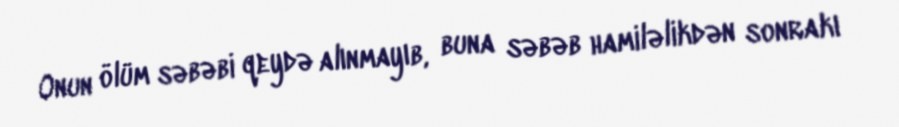
Onun ölüm səbəbi qeydə alınmayıb, buna səbəb hamiləlikdən sonrakı